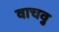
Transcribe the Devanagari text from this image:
वाचवु